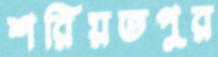
শরিয়তপুর